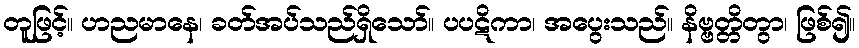
တူဖြင့်။ ဟညမာနေ၊ ခတ်အပ်သည်ရှိသော်။ ပပဋိကာ၊ အပွေးသည်။ နိဗ္ဗတ္တိတွာ၊ ဖြစ်၍။